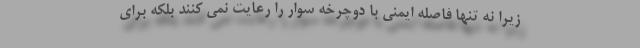
زیرا نه تنها فاصله ایمنی با دوچرخه سوار را رعایت نمی کنند بلکه برای